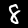
Digit: 8